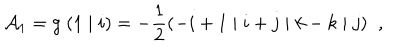
{ \cal A } _ { 1 } = g \; ( 1 \; \vert \; i ) = - \frac { 1 } { 2 } ( - i + 1 \; \vert \; i + j \; \vert \; k - k \; \vert \; j ) \; \; ,